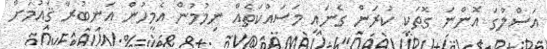
އަސްލުގަ އޮންނަ ގޮތަކީ ކުރަން ގެނައި މަސައްކަތެއް ނިމުމުން އެމީހުން އަނބުރާ ޤައުމަށް